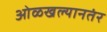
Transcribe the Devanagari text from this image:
ओळखल्यानतंर